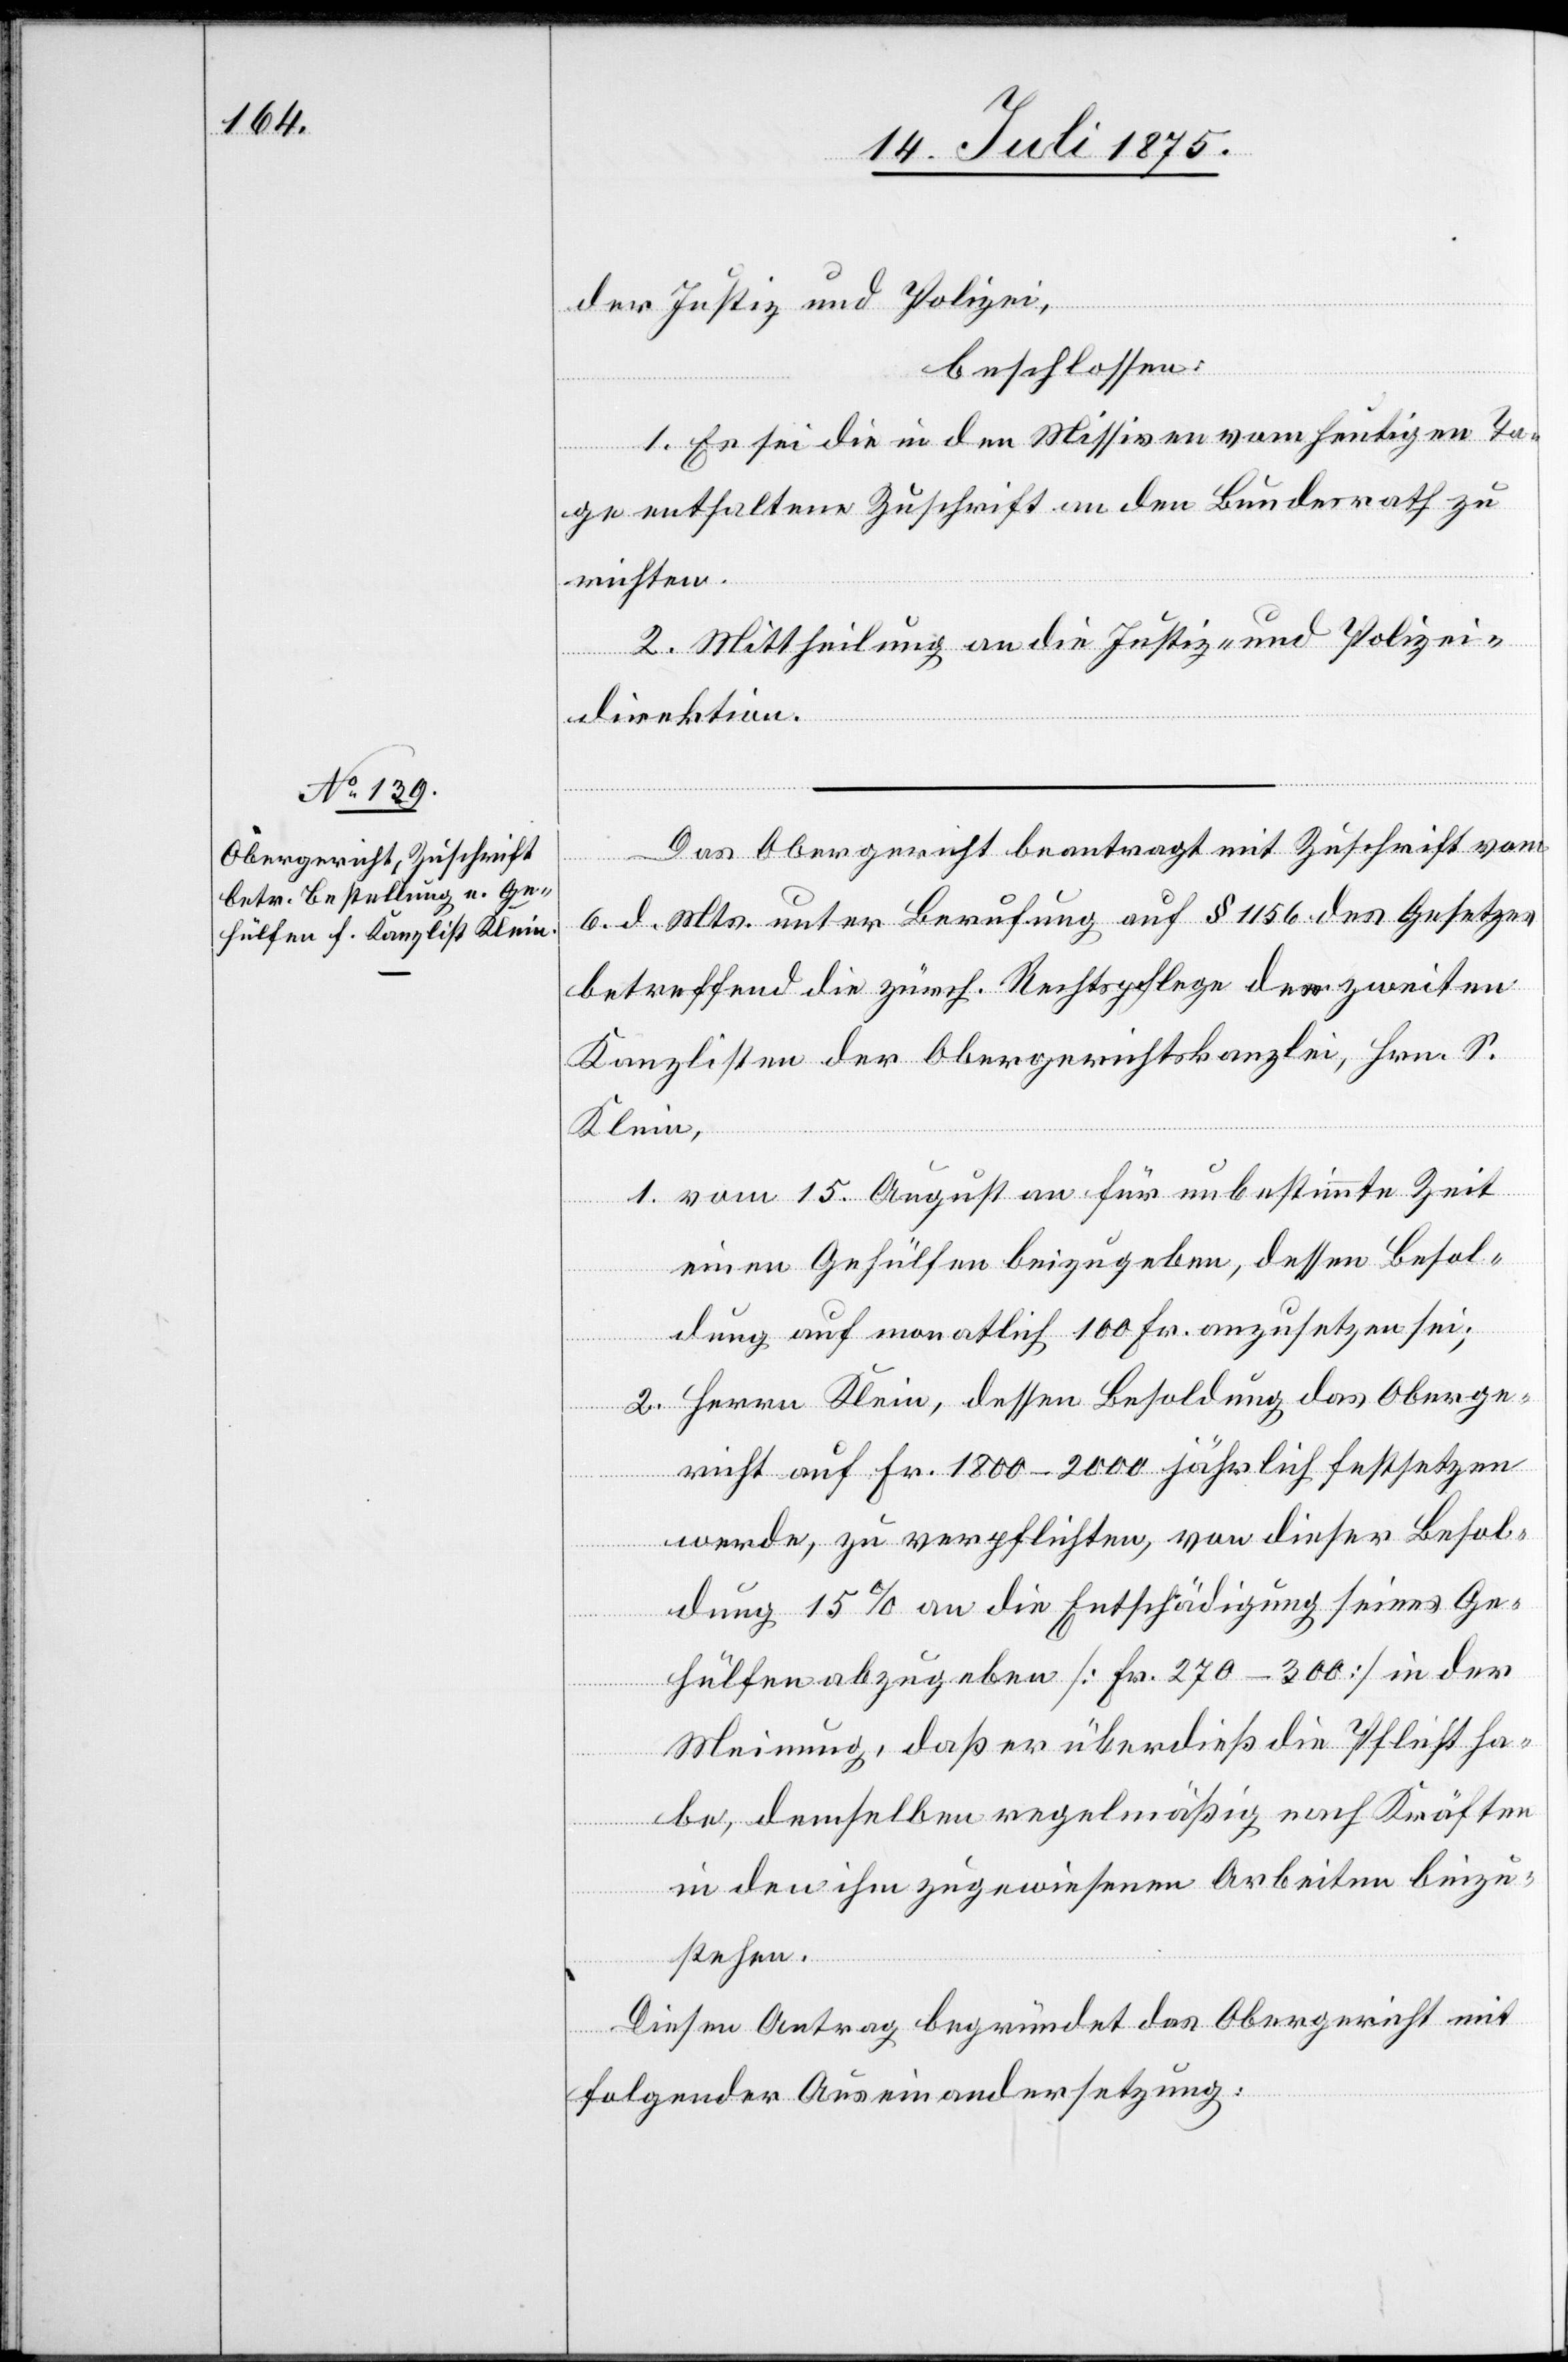
der Justiz und Polizei,
beschlossen:
1. Es sei die in den Missiven vom heutigen Ta¬
ge enthaltene Zuschrift an den Bundesrath zu
richten.
2. Mittheilung an die Justiz- und Polizei¬
direktion.
Das Obergericht beantragt mit Zuschrift vom
6. d. Mts. unter Berufung auf § 1156 des Gesetzes
betreffend die zürch. Rechtspflege den zweiten
Kanzlisten der Obergerichtskanzlei, Hrn. S.
Klein,
1. vom 15. August an für unbestimmte Zeit
einen Gehülfen beizugeben, dessen Besol¬
dung auf monatlich 100 Fr. anzusetzen sei;
2. Herrn Klein, dessen Besoldung das Oberge¬
richt auf Fr. 1800–2000 jährlich festsetzen
werde, zu verpflichten, von dieser Besol¬
dung 15% an die Entschädigung seines Ge¬
hülfen abzugeben [Fr. 270–300] in der
Meinung, daß er überdieß die Pflicht ha¬
be, demselben regelmäßig nach Kräften
in den ihm zugewiesenen Arbeiten beizu¬
stehen.
Diesen Antrag begründet das Obergericht mit
folgender Auseinandersetzung: